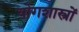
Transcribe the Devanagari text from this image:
योगशास्त्रों